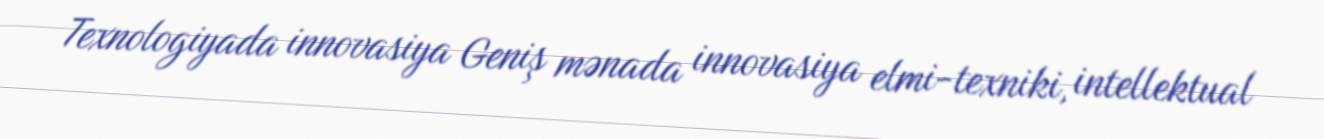
Texnologiyada innovasiya Geniş mənada innovasiya elmi-texniki, intellektual